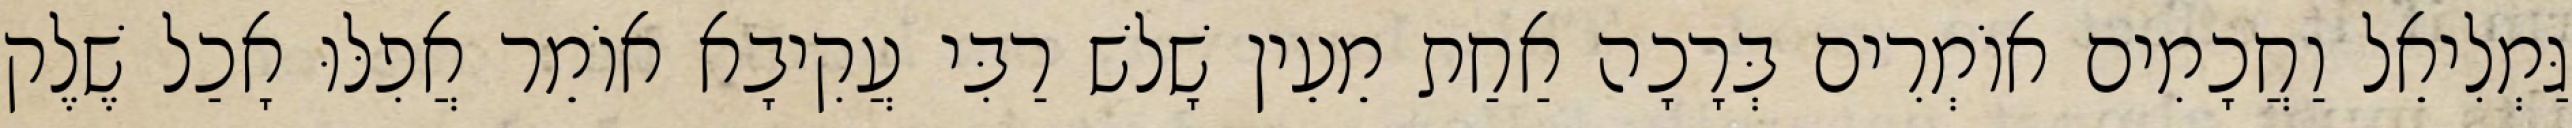
גַּמְלִיאֵל וַחֲכָמִים אוֹמְרִים בְּרָכָה אַחַת מֵעֵין שָׁלשׁ רַבִּי עֲקִיבָא אוֹמֵר אֲפִלּוּ אָכַל שֶׁלֶק